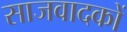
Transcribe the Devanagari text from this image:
साजवादकों